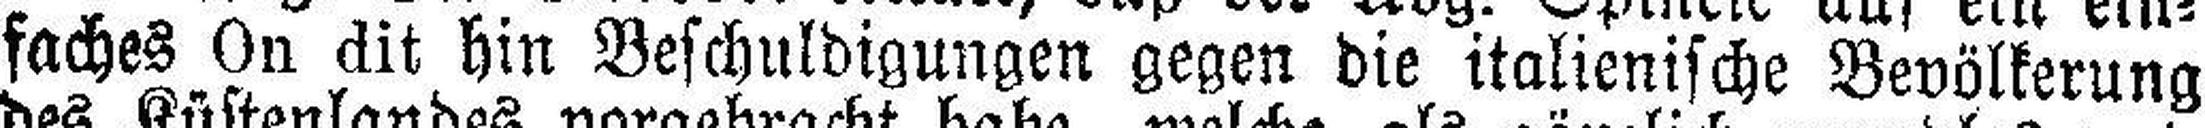
faches On dit hin Beschuldigungen gegen die italienische Bevölkerung